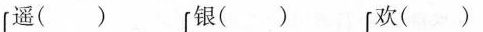
遥( ) 银( ) 欢( )